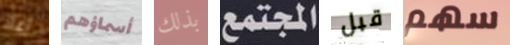
اعاد أسماؤهم بذلك المجتمع قبل سهم